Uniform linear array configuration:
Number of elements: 12
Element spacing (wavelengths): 0.5
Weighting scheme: hamming
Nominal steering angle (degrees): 30
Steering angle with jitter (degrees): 29.062
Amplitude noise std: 0.05
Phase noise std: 0.05

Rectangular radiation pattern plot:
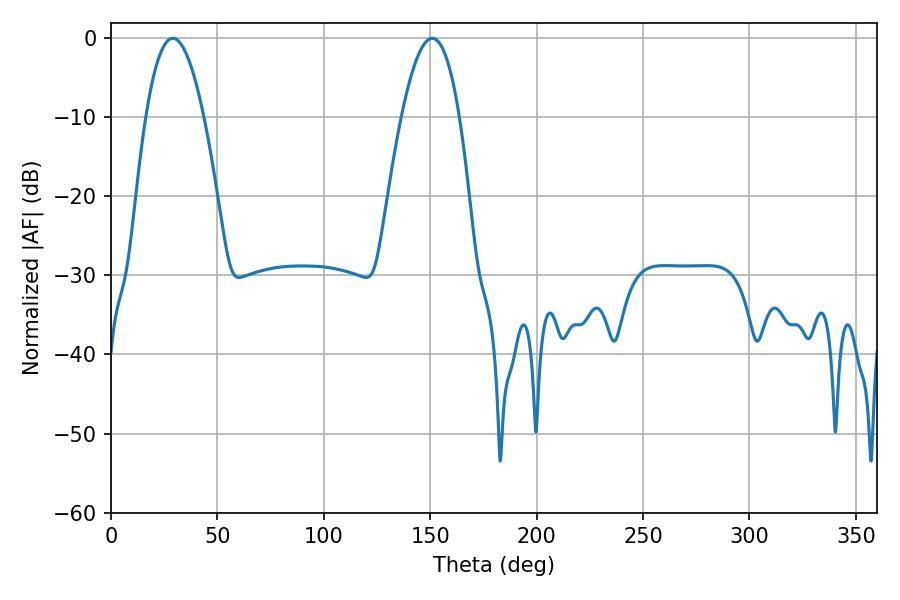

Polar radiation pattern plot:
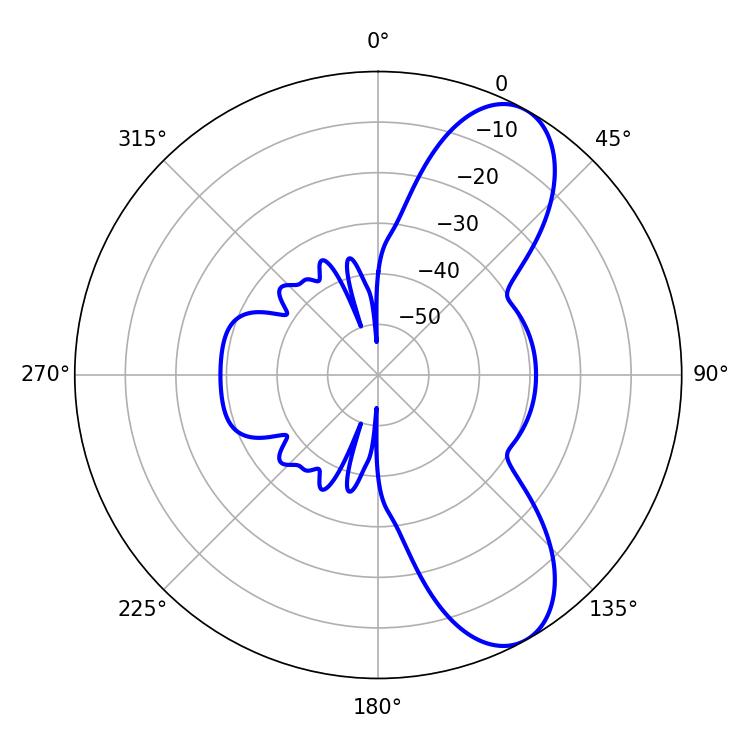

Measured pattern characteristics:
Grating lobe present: FALSE
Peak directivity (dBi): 8.608
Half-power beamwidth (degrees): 15.12
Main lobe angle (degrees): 28.98